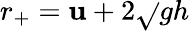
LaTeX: r_{+}=\mathbf{u}+2{\sqrt{}{{gh}}}